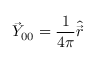
\vec { Y } _ { 0 0 } = \frac { 1 } { 4 \pi } \hat { \vec { r } }